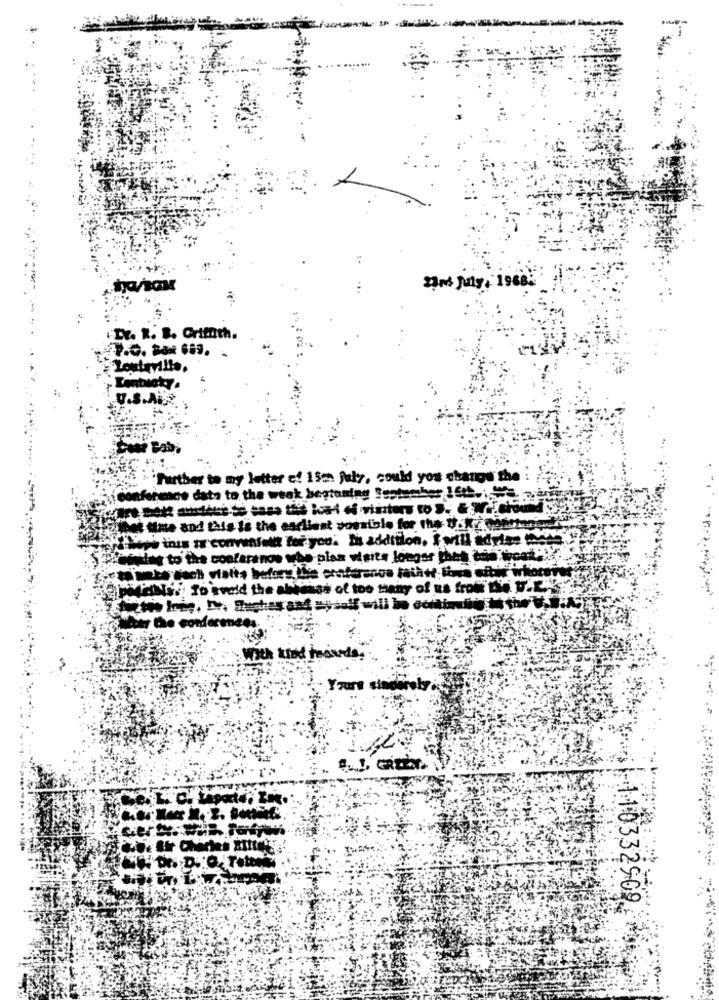
2nd July, 1968.
.Dr. R. B. Griffith.
U.S.AIR
Further to my letter ef 15th july, could you change the
i conformes data to the week besturing Bestember 16h.
het ane and this Is the earliest possible for the taky poteter
this is convenient for you. In addition, I will advise made
Eplerting to the conferanos who plan weits longer thes bad word
the Power to avoid the skinnes of too many of us from the W.
with that teavda.
Yours sinic
1-110332909